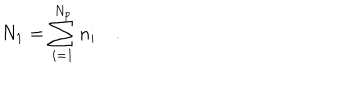
LaTeX: N _ { 1 } = \sum _ { i = 1 } ^ { N _ { p } } n _ { i } \quad .